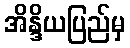
အိန္ဒိယပြည်မှ